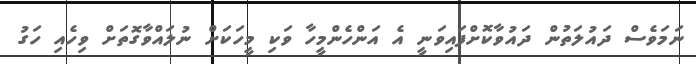
ނަމަވެސް ދައުލަތުން ދައުވާކޮށްފައިވަނީ އެ އަންހެންމީހާ ވަކި މީހަކަށް ނުލައްވާގޮތަށް ވިހެއި ހަގު